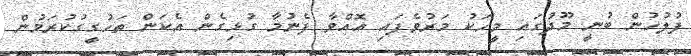
ފުލުހުން ބުނީ މޫދުގައި މީހަކު މަރުވެފައި އޮއްވާ ފެނުމާ ގުޅިގެން އެކަން ތަހުގީގުކުރަމުން